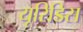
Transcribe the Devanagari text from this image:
यूरिडिस